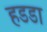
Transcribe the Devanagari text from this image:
हडडा